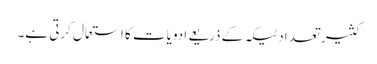
کثیر تعداد ٹیکہ کے ذریعے ادویات کا استعمال کرتی ہے۔